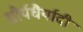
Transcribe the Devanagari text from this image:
शौर्यधैर्यादी